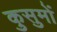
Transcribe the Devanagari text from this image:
कुसुमों